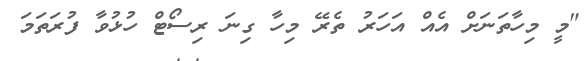
"މީ މިހާތަނަށް އެއް އަހަރު ތެރޭ މިހާ ގިނަ ރިސޯޓް ހުޅުވާ ފުރަތަމަ